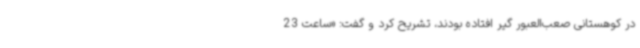
در کوهستانی صعب‌العبور گیر افتاده بودند، تشریح کرد و ‌گفت: «ساعت 23